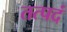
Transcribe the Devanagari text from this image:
तत्पदं